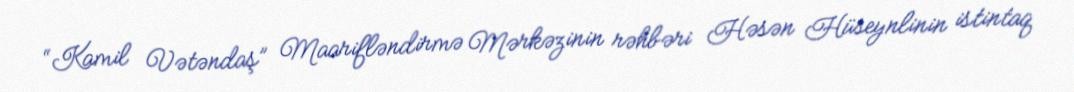
“Kamil Vətəndaş” Maarifləndirmə Mərkəzinin rəhbəri Həsən Hüseynlinin istintaq